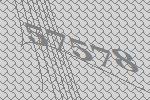
57578